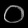
Digit: ၀